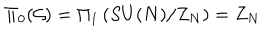
\Pi _ { 0 } ( { \cal G } ) = \Pi _ { 1 } \left( S U ( N ) / Z _ { N } \right) = Z _ { N }